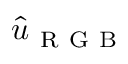
\hat { u } _ { \mathrm { ~ R ~ G ~ B ~ } }